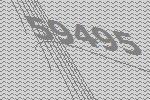
59495